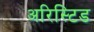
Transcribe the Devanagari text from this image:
अरिस्टिड